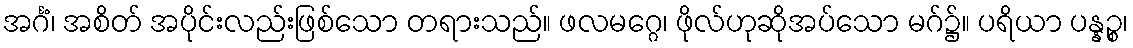
အင်္ဂံ၊ အစိတ် အပိုင်းလည်းဖြစ်သော တရားသည်။ ဖလမဂ္ဂေ၊ ဖိုလ်ဟုဆိုအပ်သော မဂ်၌။ ပရိယာ ပန္နဉ္စ၊